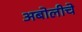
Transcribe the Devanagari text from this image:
अबोलीचे